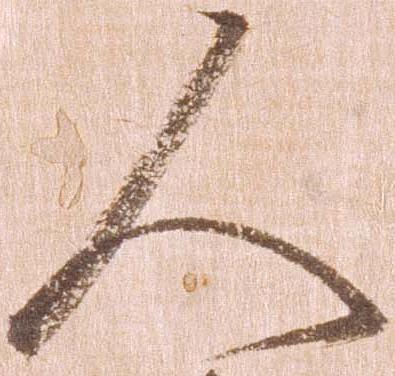
人